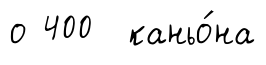
о 400 каньо́на